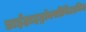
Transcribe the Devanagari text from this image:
डाईहाइड्रॉक्सीविटामिन